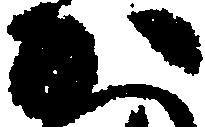
か